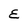
Character: E